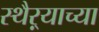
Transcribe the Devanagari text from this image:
स्थैऱ्याच्या